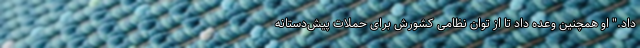
داد." او همچنین وعده داد تا از توان نظامی کشورش برای حملات پیش‌دستانه